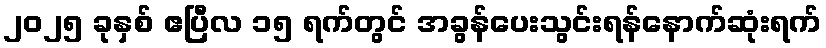
၂၀၂၅ ခုနှစ် ဧပြီလ ၁၅ ရက်တွင် အခွန်ပေးသွင်းရန်နောက်ဆုံးရက်